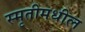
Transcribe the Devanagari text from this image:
स्मृतीमधील